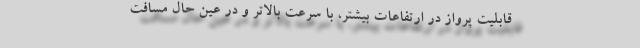
قابلیت پرواز در ارتفاعات بیشتر، با سرعت بالاتر و در عین حال مسافت